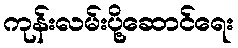
ကုန်းလမ်းပို့ဆောင်ရေး